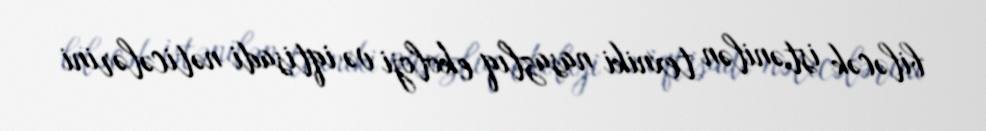
biləcək istənilən texniki nasazlıq ekoloji və iqtisadi nəticələrini